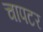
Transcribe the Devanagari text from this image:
चापटर